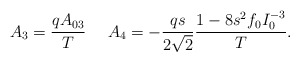
\begin{align*}A_3={qA_{03}\over T}\ \ \ \ A_4=-{qs\over 2\sqrt2}{1-8s^2f_0I_0^{-3}\over T}.\end{align*}